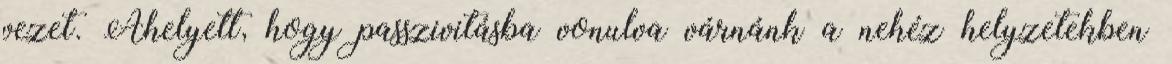
vezet. Ahelyett, hogy passzivitásba vonulva várnánk a nehéz helyzetekben